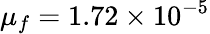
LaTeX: \mu_{f}=1.72\times 10^{-5}